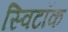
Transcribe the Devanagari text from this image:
स्विटॉक